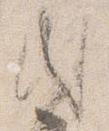
内